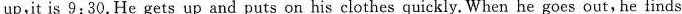
up,it is 9：30. He gets up and puts on his clothes quickly. When he goes out, he finds